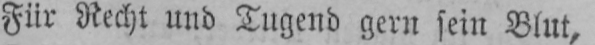
Für Recht und Tugend gern sein Blut,